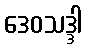
ဒေဝသဒ္ဒါ